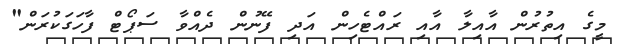
މީގެ އިތުރުން އާއިލާ އާއި ރައްޓެހިން އަދި ފޭނުން ދެއްވާ ސަޕޯޓް ފާހަގަކުރަން"